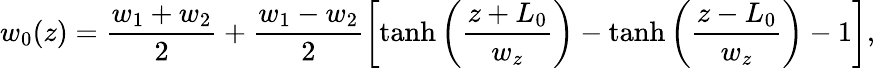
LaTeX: w_{0}(z)=\frac{w_{1}+w_{2}}{2}+\frac{w_{1}-w_{2}}{2}\left[\operatorname{tanh}\left(\frac{z+L_{0}}{w_{z}}\right)-\operatorname{tanh}\left(\frac{z-L_{0}}{w_{z}}\right)-1\right],